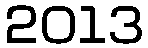
2013